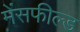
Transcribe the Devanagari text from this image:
मेंसफील्ड